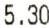
5.30